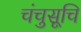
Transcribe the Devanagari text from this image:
चंचुसूचि